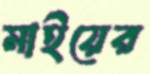
মাইয়ের